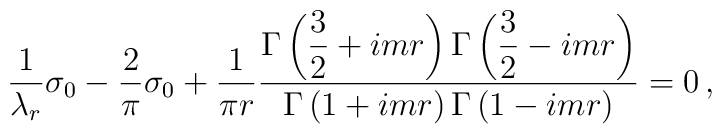
\frac{1}{\lambda_{r}}\sigma_{0}-\frac{2}{\pi}\sigma_{0}     +\frac{1}{\pi r}     \frac{\displaystyle \Gamma\left(\frac{3}{2}+i m r\right)     \Gamma\left(\frac{3}{2}-i m r\right)}     {\displaystyle \Gamma\left(1+i m r\right)     \Gamma\left(1-i m r\right)} =0\, ,